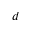
d